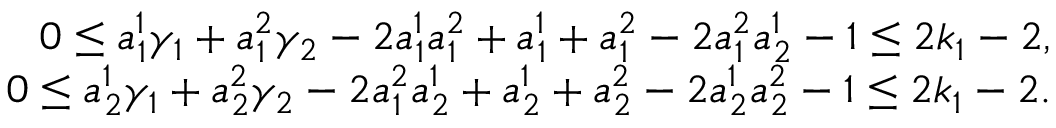
\begin{array} { r } { 0 \leq a _ { 1 } ^ { 1 } \gamma _ { 1 } + a _ { 1 } ^ { 2 } \gamma _ { 2 } - 2 a _ { 1 } ^ { 1 } a _ { 1 } ^ { 2 } + a _ { 1 } ^ { 1 } + a _ { 1 } ^ { 2 } - 2 a _ { 1 } ^ { 2 } a _ { 2 } ^ { 1 } - 1 \leq 2 k _ { 1 } - 2 , } \\ { 0 \leq a _ { 2 } ^ { 1 } \gamma _ { 1 } + a _ { 2 } ^ { 2 } \gamma _ { 2 } - 2 a _ { 1 } ^ { 2 } a _ { 2 } ^ { 1 } + a _ { 2 } ^ { 1 } + a _ { 2 } ^ { 2 } - 2 a _ { 2 } ^ { 1 } a _ { 2 } ^ { 2 } - 1 \leq 2 k _ { 1 } - 2 . } \end{array}